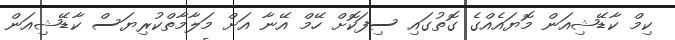
ކިމް ކާޑޭޝިއަން މޮޔައެއްގެ ގޮތުގައި ސިފަކޮށް ހޭމް އޭނާ އަށް މަލާމާތްކުރިޔަސް ކާޑޭޝިއަން